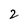
Character: 2